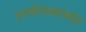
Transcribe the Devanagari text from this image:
उपयोगासंदर्भात